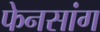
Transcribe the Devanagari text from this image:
फेनसांग